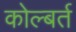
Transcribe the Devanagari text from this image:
कोल्बर्त